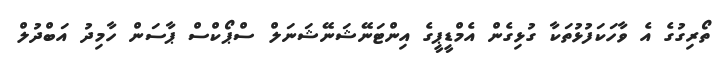
ތޯރިގުގެ އެ ވާހަކަފުޅުތަކާ ގުޅިގެން އެމްޑީޕީގެ އިންޓަނޭޝަނޭޝަނަލް ސްޕޯކްސް ޕާސަން ހާމިދު އަބްދުލް